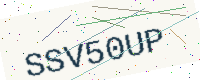
Text: SSV50UP